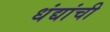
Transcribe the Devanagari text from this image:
धंद्यांची